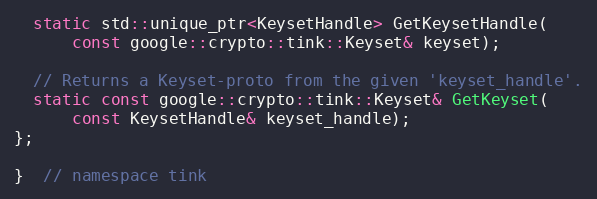
Language: C
  static std::unique_ptr<KeysetHandle> GetKeysetHandle(
      const google::crypto::tink::Keyset& keyset);

  // Returns a Keyset-proto from the given 'keyset_handle'.
  static const google::crypto::tink::Keyset& GetKeyset(
      const KeysetHandle& keyset_handle);
};

}  // namespace tink